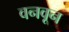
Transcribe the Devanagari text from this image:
वनवून